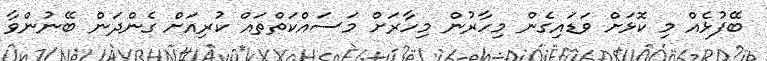
ބޭފުޅެއް މި ކޮޅަށް ވަޑައިގެން މިހާރުން މިހާރަށް މަސައްކަތްތައް ކުރިއަށް ގެންދަން ބޭނުންވާ